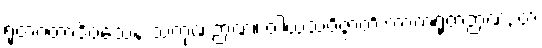
ရုတဂတာဒိဝသေန သကုဏဉာဏံ။ ဝါယသဝိဇ္ဇာတိ ကာကရုတဉာဏံ, တံ